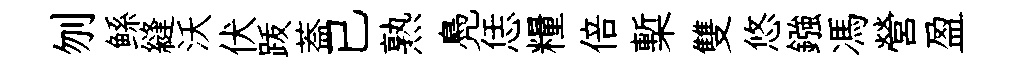
刎鲧縫沃伏䟦葢已熟鳧恁糧倍槧雙悠鏹馮營盈